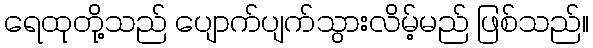
ရေထုတို့သည် ပျောက်ပျက်သွားလိမ့်မည် ဖြစ်သည်။